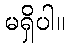
မရှိပါ။